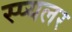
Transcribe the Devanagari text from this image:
स्प्यलर